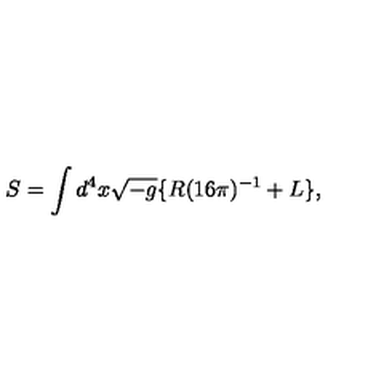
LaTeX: S = \int { d ^ { 4 } x \sqrt { - g } \{ R ( 1 6 \pi ) ^ { - 1 } + L \} } ,